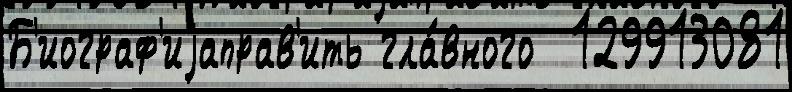
Б'иограф'иjаправ'ить гла́вного  129913081